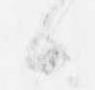
候